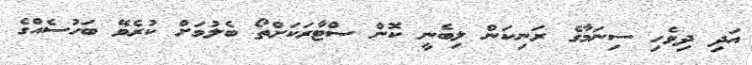
އަދި ދިވެހި ސިނަމާގެ ރަނިކަން ލިބެނީ ކޮން ސްޓާރަކަށްތޯ ބެލުމަށް ކުރެވޭ ބަހުސެއްގެ